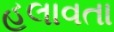
હલાવતા